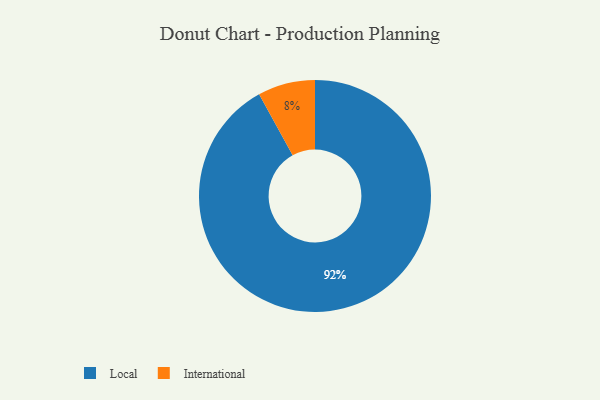
{"axis": {"x": "Category", "y": "Percentage"}, "legend": ["International", "Local"], "data": [{"x": "Local", "y": 92, "type": "Local"}, {"x": "International", "y": 8, "type": "International"}]}